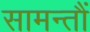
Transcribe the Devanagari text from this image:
सामन्तौं